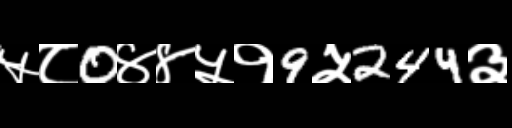
Text: ५८0४४५१9५244३